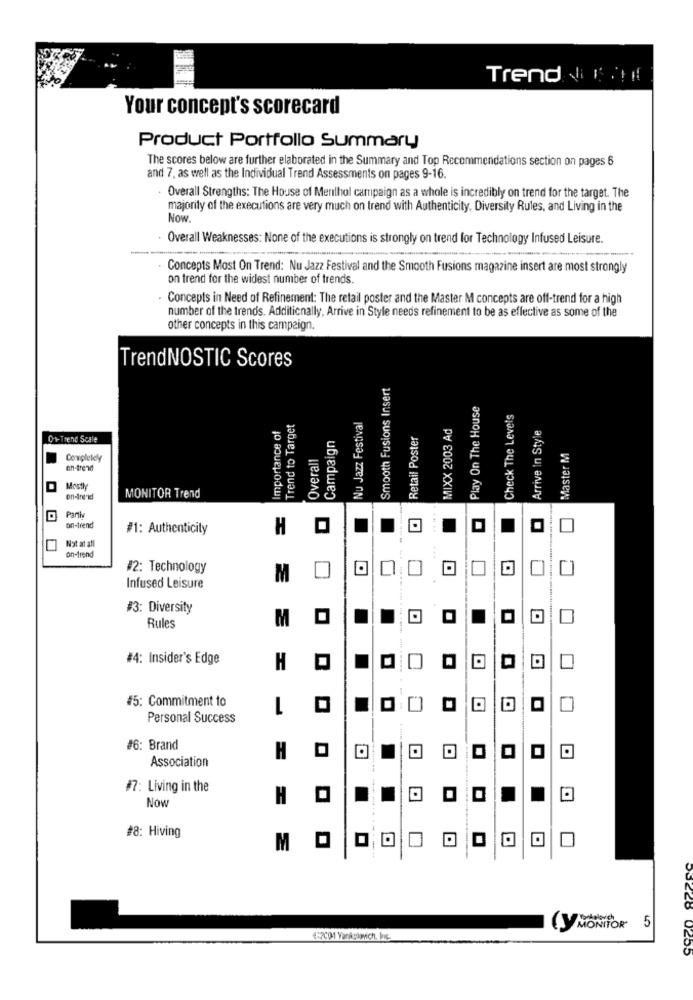
Trend Inin
Your concept's scorecard
Product Portfolio Summary
The scores below are further elaborated in the Summary and Top Recommendations section on pages 6
and 7, as well as the Individual Trend Assessments on pages 9-16.
Overall Strengths: The House of Menthol campaign as a whole is incredibly on trend for the target. The
majority of the executions are very much on trend with Authenticity, Diversity Rules, and Living in the
Now.
Overall Weaknesses: None of the executions is strongly on trend for Technology Infused Leisure.
Concepts Most On Trend: Nu Jazz Festival and the Smooth Fusions magazine insert are most strongly
on trend for the widest number of trends.
Concepts in Need of Refinement: The retail poster and the Master M concepts are off-trend for a high
number of the trends. Additionally, Arrive in Style needs refinement to be as effective as some of the
other concepts in this campaign.
TrendNOSTIC Scores
Smooth Fusions Insert
Play On The House
Check The Levels
Trend to Target
Nu Jazz Festival
MIXX 2003 Ad
Arrive In Style
Importance of
Retail Poster
0-+- Trend Scale
Campaign
Master M
Completely
Overal
en-trend
Mostly
on-dre id
MONITOR Trend
Partiv
on-trend
#1: Authenticity
H
Not at all
...
on-trend
#2: Technology
M
Infused Leisure
#3: Diversity
M
Rules
#4: Insider's Edge
H
#5: Commitment to
Personal Success
#6: Brand
H
Association
D
#7: Living in the
Now
H
#8: Hiving
M
(y MONITOR 5
€:2001 Varikelovich, Inc.
0255